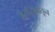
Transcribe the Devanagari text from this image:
अंतरिक्षांतून